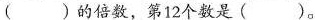
()的倍数，第12个数是()。